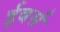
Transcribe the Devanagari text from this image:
ईबर्स